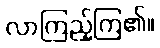
လာကြည့်ကြ၏။